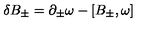
\delta B _ { \pm } = \partial _ { \pm } \omega - [ B _ { \pm } , \omega ]